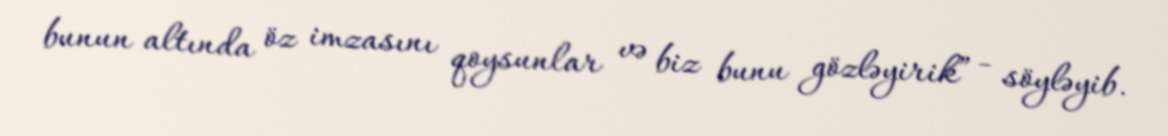
bunun altında öz imzasını qoysunlar və biz bunu gözləyirik” - söyləyib.